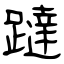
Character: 躂